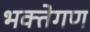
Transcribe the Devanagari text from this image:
भक्तेगण